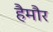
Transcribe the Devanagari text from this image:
हैमौर